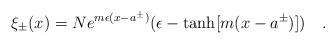
LaTeX: \begin{align*}\xi _{\pm }(x)=Ne^{m\epsilon (x-a^{\pm })}(\epsilon -\tanh [m(x-a^{\pm })])\quad .\end{align*}